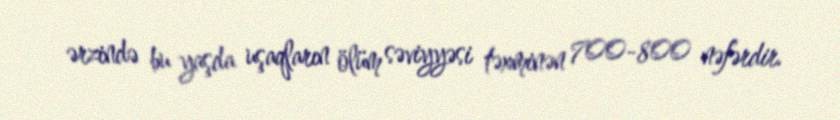
ərzində bu yaşda uşaqların ölüm səviyyəsi təxminən 700-800 nəfərdir.